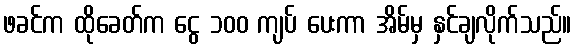
ဖခင်က ထိုခေတ်က ငွေ ၁၀၀ ကျပ် ပေးကာ အိမ်မှ နှင်ချလိုက်သည်။